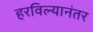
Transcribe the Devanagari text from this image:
हरविल्यानंतर